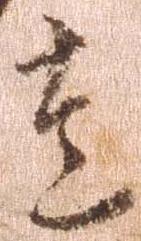
達